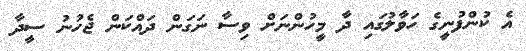
އެ ކުންފުނީގެ ހަވާލުގައި ދާ މީހުންނަށް ވިސާ ނަގަން ދައްކަން ޖެހުނު ސީދާ